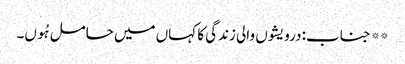
** جناب: درویشوں والی زندگی کا کہاں میں حامل ہُوں۔